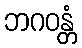
ဘဂဝန္တံ